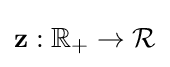
\mathbf {z} :\mathbb {R} _{+}\to {\mathcal {R}}